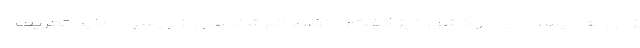
زدن به بیسوادی در کشور نیز گفت: منظور کارشناسان از بیسواد باید تعریف